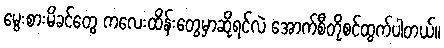
မွေးစားမိခင်တွေ ကလေးထိန်းတွေမှာဆိုရင်လဲ အောက်စီတိုစင်ထွက်ပါတယ်။